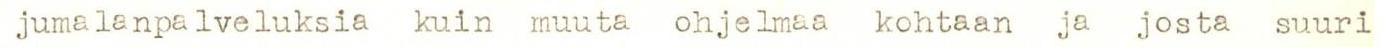
 jumalanpalveluksia kuin muuta ohjelmaa kohtaan ja josta suuri